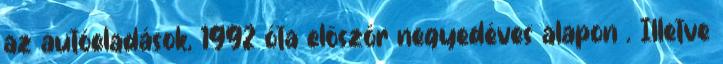
az autóeladások, 1992 óta először negyedéves alapon . Illetve